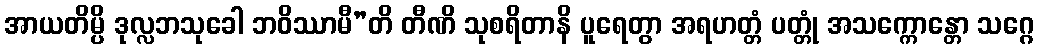
အာယတိမ္ပိ ဒုလ္လဘသုခေါ ဘဝိဿာမီ”တိ တီဏိ သုစရိတာနိ ပူရေတွာ အရဟတ္တံ ပတ္တုံ အသက္ကောန္တော သဂ္ဂေ